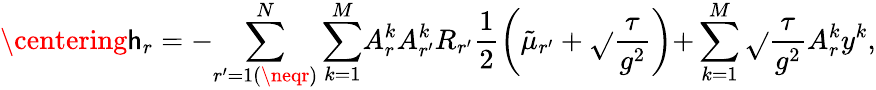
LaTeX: \centering\mathsf{h}_{r}=-{\sum_{r^{\prime}=1(\neqr)}^{N}\sum_{k=1}^{M}}A_{r}^{k}A_{r^{\prime}}^{k}R_{r^{\prime}}\frac{{1}}{{2}}\left(\tilde{{\mu}}_{r^{\prime}}+\sqrt{}{{\frac{{\tau}}{{g^{2}}}}}\right){+}\sum_{k=1}^{M}\sqrt{}{{\frac{{\tau}}{{g^{2}}}}}{A_{r}^{k}y^{k}},